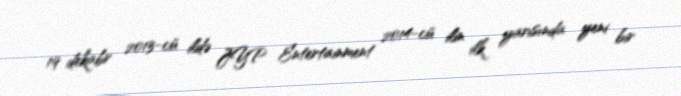
19 dekabr 2013-cü ildə JYP Entertainment 2014-cü ilin ilk yarısında yeni bir